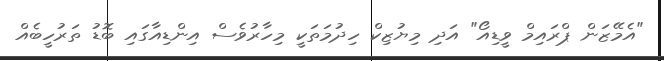
"އެމޭޒަން ޕްރައިމް ވީޑިއޯ" އަދި މިޔުޒިކް ހިދުމަތަކީ މިހާރުވެސް އިންޑިއާގައި ބޮޑު ތަރުހީބެއް